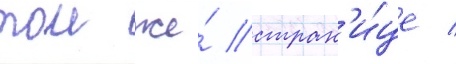
тои же́ стран'и́це /